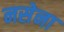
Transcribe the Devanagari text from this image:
नसेना